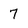
Character: 7